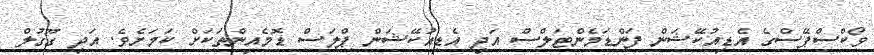
ވޯކްސްޕޭސްގެ އެޑިއުކޭޝަން ފަންޑަމެންޓަލްސް އަދި އެޑިއުކޭޝަން ޕްލަސް ޑޮމެއިންތަކަށް ކަމަށެވެ. އަދި ގޫގުލް